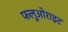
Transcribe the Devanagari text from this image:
फलुओराइट